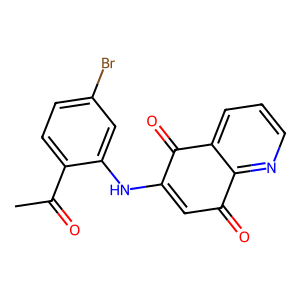
SMILES: CC(=O)c1ccc(Br)cc1NC1=CC(=O)c2ncccc2C1=O
Inhibits HIV replication: No